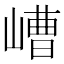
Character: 嶆